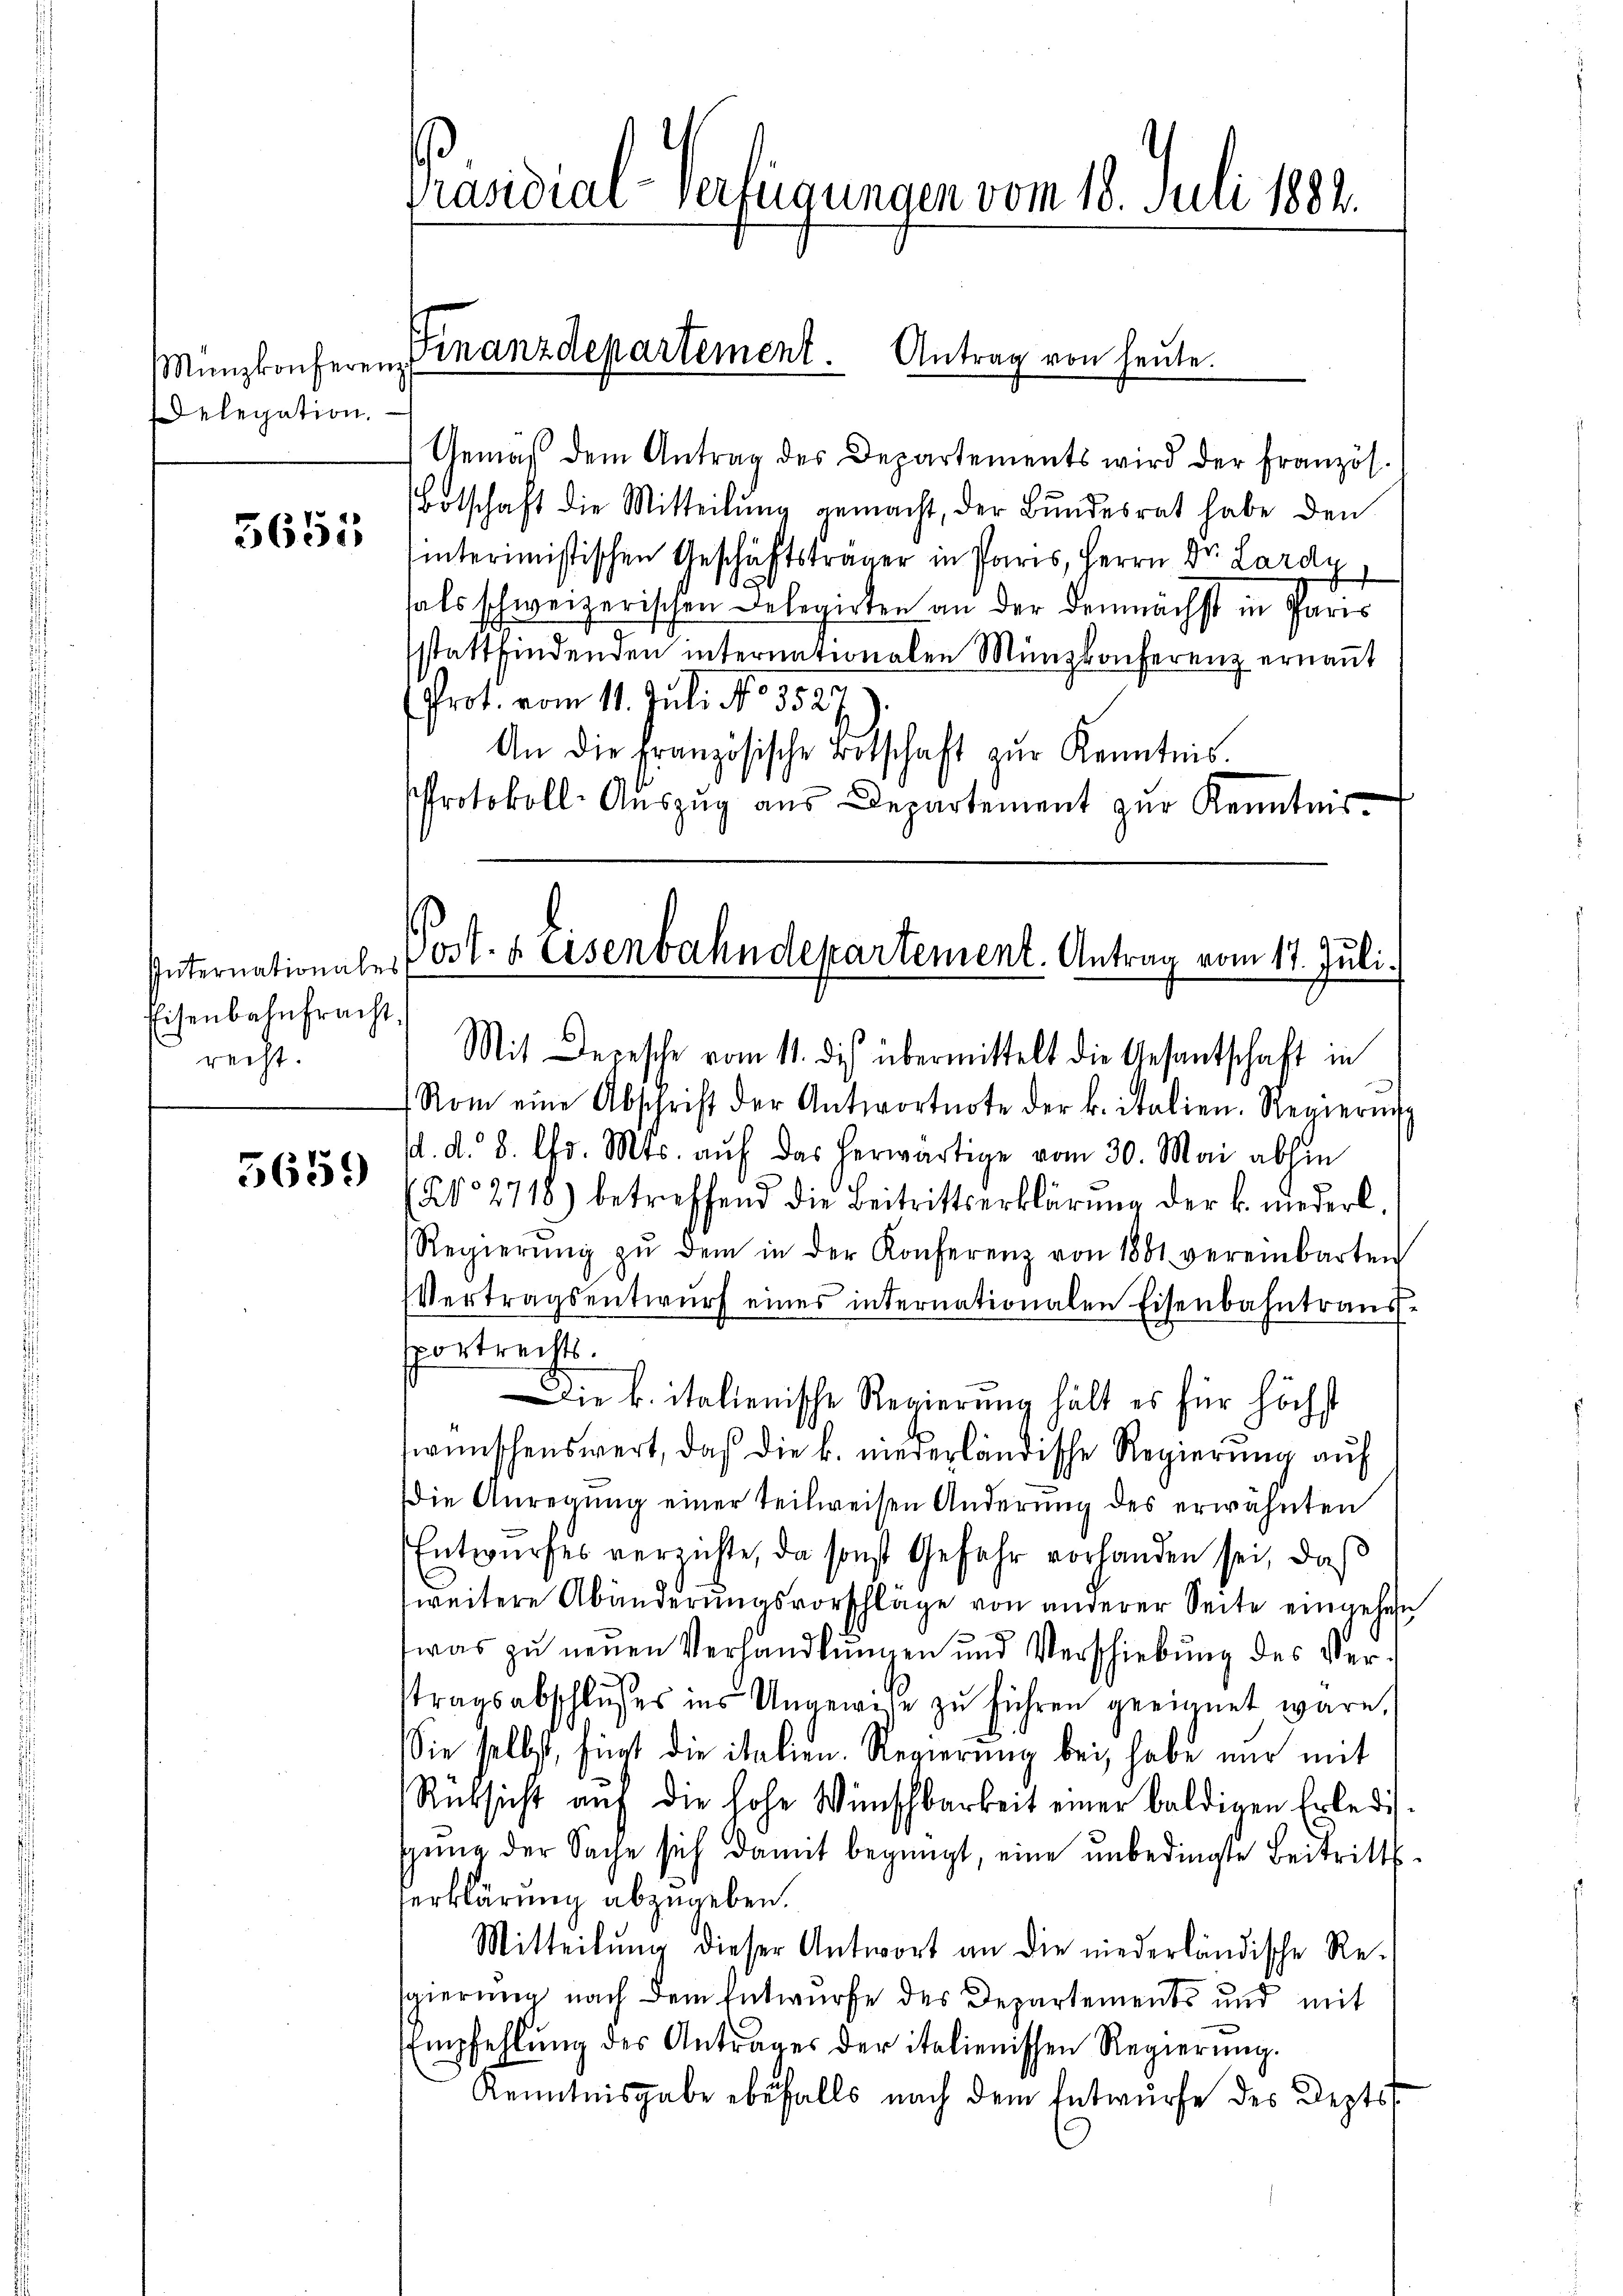
Delegation.

3651,

Internationales
Eisenbahnfracht.
recht.

5659

Präsidial-Verfügungen vom 18. Juli 1884.

Münzkonferen Finanzdepartement. Antrag von heute.

Gemäß dem Antrag des Departements wird der Französ.
Botschaft die Mitteilung gemacht, der Bundesrat habe den
hinterimistischen Geschäftsträger in Paris, Herrn Dr. Lardy
fals schweizerischen Delegirten an der demnächst in Paris
stattfindenden internationalen Münzkonferenz ernannt
Prot. vom 11. Juli No 3527.
An die Französische Botschaft zŭr Kenntnis.
Protokoll-Auszug aus Departement zur Kenntnis¬

Post. a Eisenbahndepartement. Antrag vom 17. Juli.
Mit Depesche vom 11. des übermittelt die Gesantschaft in

Rom eine Abschrift der Antwortnote der k. italien. Regierung
sd. d. 8. fr. Mts. auf das herwärtige vom 30. Mai abhin
202718) betreffend die Beitrittserklärung der k. niederl
Regierŭng zŭ dem in der Konferenz von 1881 vereinbarten
Vertragsentwŭrf eines internationalen Eisenbahntraŭs-
sportrechts¬
Die k. italienische Regierung hält es für höchst
wünschenswert, daß die k. mererländische Regierung auf
ie Anregŭng einer teilweisen Änderung des erwähnten
Entwurfes verzichte, da sonst Gefahr vorhanden sei, daß
weitere Abänderungsvorschläge von anderer Seite eingehen
was zu neuen Verhandlungen und Verschiebung des Vertragsabschlusses ins Ungewisse zu führen geeignet wäre,
Sie selbst, fügt die italien. Regierung bei, habe nur mit
Rücksicht aŭf die hohe Wünschbarkeit einer baldigen Erledi
gung der Sache sich damit begnügt, eine unbedingte Beitrittserklärung abzugeben.
Mitteilung dieser Antwort an die niederländische Re-
gierung nach dem Entwurfe des Departements und mit
Empfehlŭng des Antrages der italienischen Regierŭng.
Kenntnisgabe befalls nach dem Entwurfe des Depts